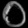
Digit: ၀